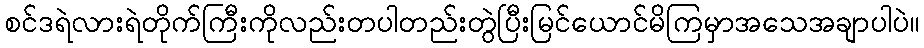
စင်ဒရဲလားရဲတိုက်ကြီးကိုလည်းတပါတည်းတွဲပြီးမြင်ယောင်မိကြမှာအသေအချာပါပဲ။